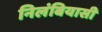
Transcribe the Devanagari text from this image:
निलंबियासी